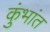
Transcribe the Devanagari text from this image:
कुंभांत